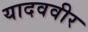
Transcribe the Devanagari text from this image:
यादववीर